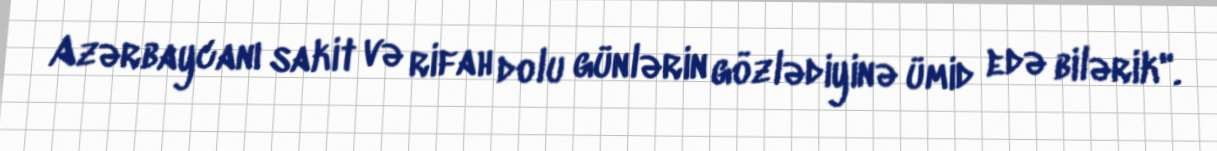
Azərbaycanı sakit və rifah dolu günlərin gözlədiyinə ümid edə bilərik".